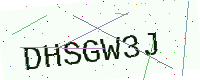
Text: DHSGW3J